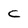
Character: c